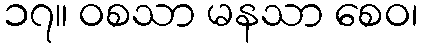
၁၇။ ဝစသာ မနသာ စေဝ၊